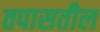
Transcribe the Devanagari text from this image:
तपासतील